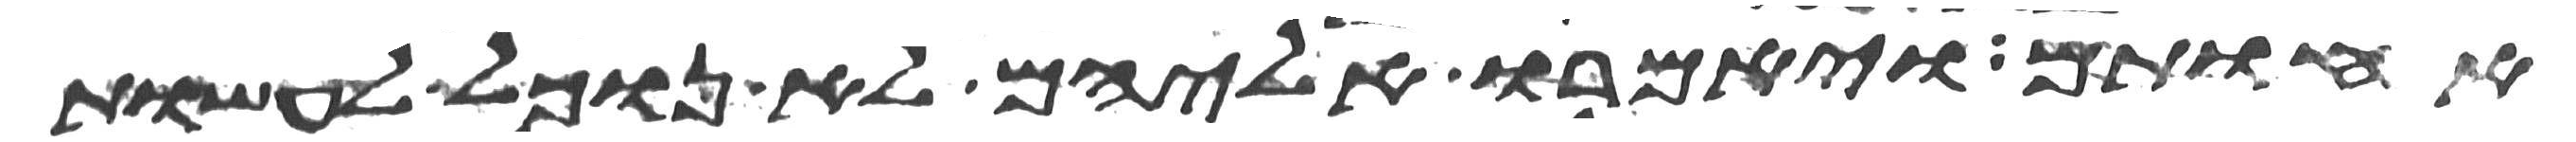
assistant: אחותם ויאמרו אליהם לא נוכל לעשות